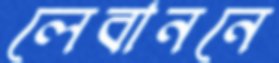
লেবাননে